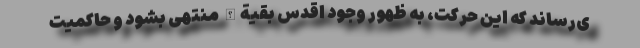
ی‌رساند که این حرکت، به ظهور وجود اقدس بقیة‌الله منتهی بشود و حاکمیت